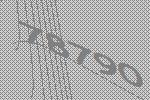
78790